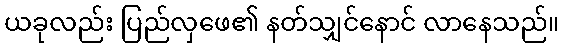
ယခုလည်း ပြည်လှဖေ၏ နတ်သျှင်နောင် လာနေသည်။